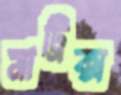
মাট্রিক্স